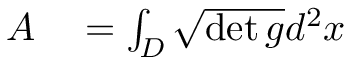
\begin{array} { r l } { A } & { { } = \int _ { D } \sqrt { \operatorname* { d e t } g } d ^ { 2 } x } \end{array}